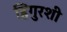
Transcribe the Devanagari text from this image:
हिगुरशी